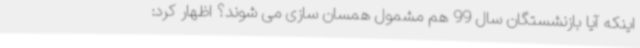
اینکه آیا بازنشستگان سال 99 هم مشمول همسان سازی می شوند؟ اظهار کرد: